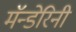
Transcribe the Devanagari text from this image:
मॅन्डेरिनी